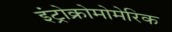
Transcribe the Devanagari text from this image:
इंट्रोक्रोमोमेरिक